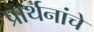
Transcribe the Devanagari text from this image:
प्रार्थनांचे